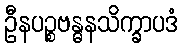
ဦနပဉ္စဗန္ဓနသိက္ခာပဒံ